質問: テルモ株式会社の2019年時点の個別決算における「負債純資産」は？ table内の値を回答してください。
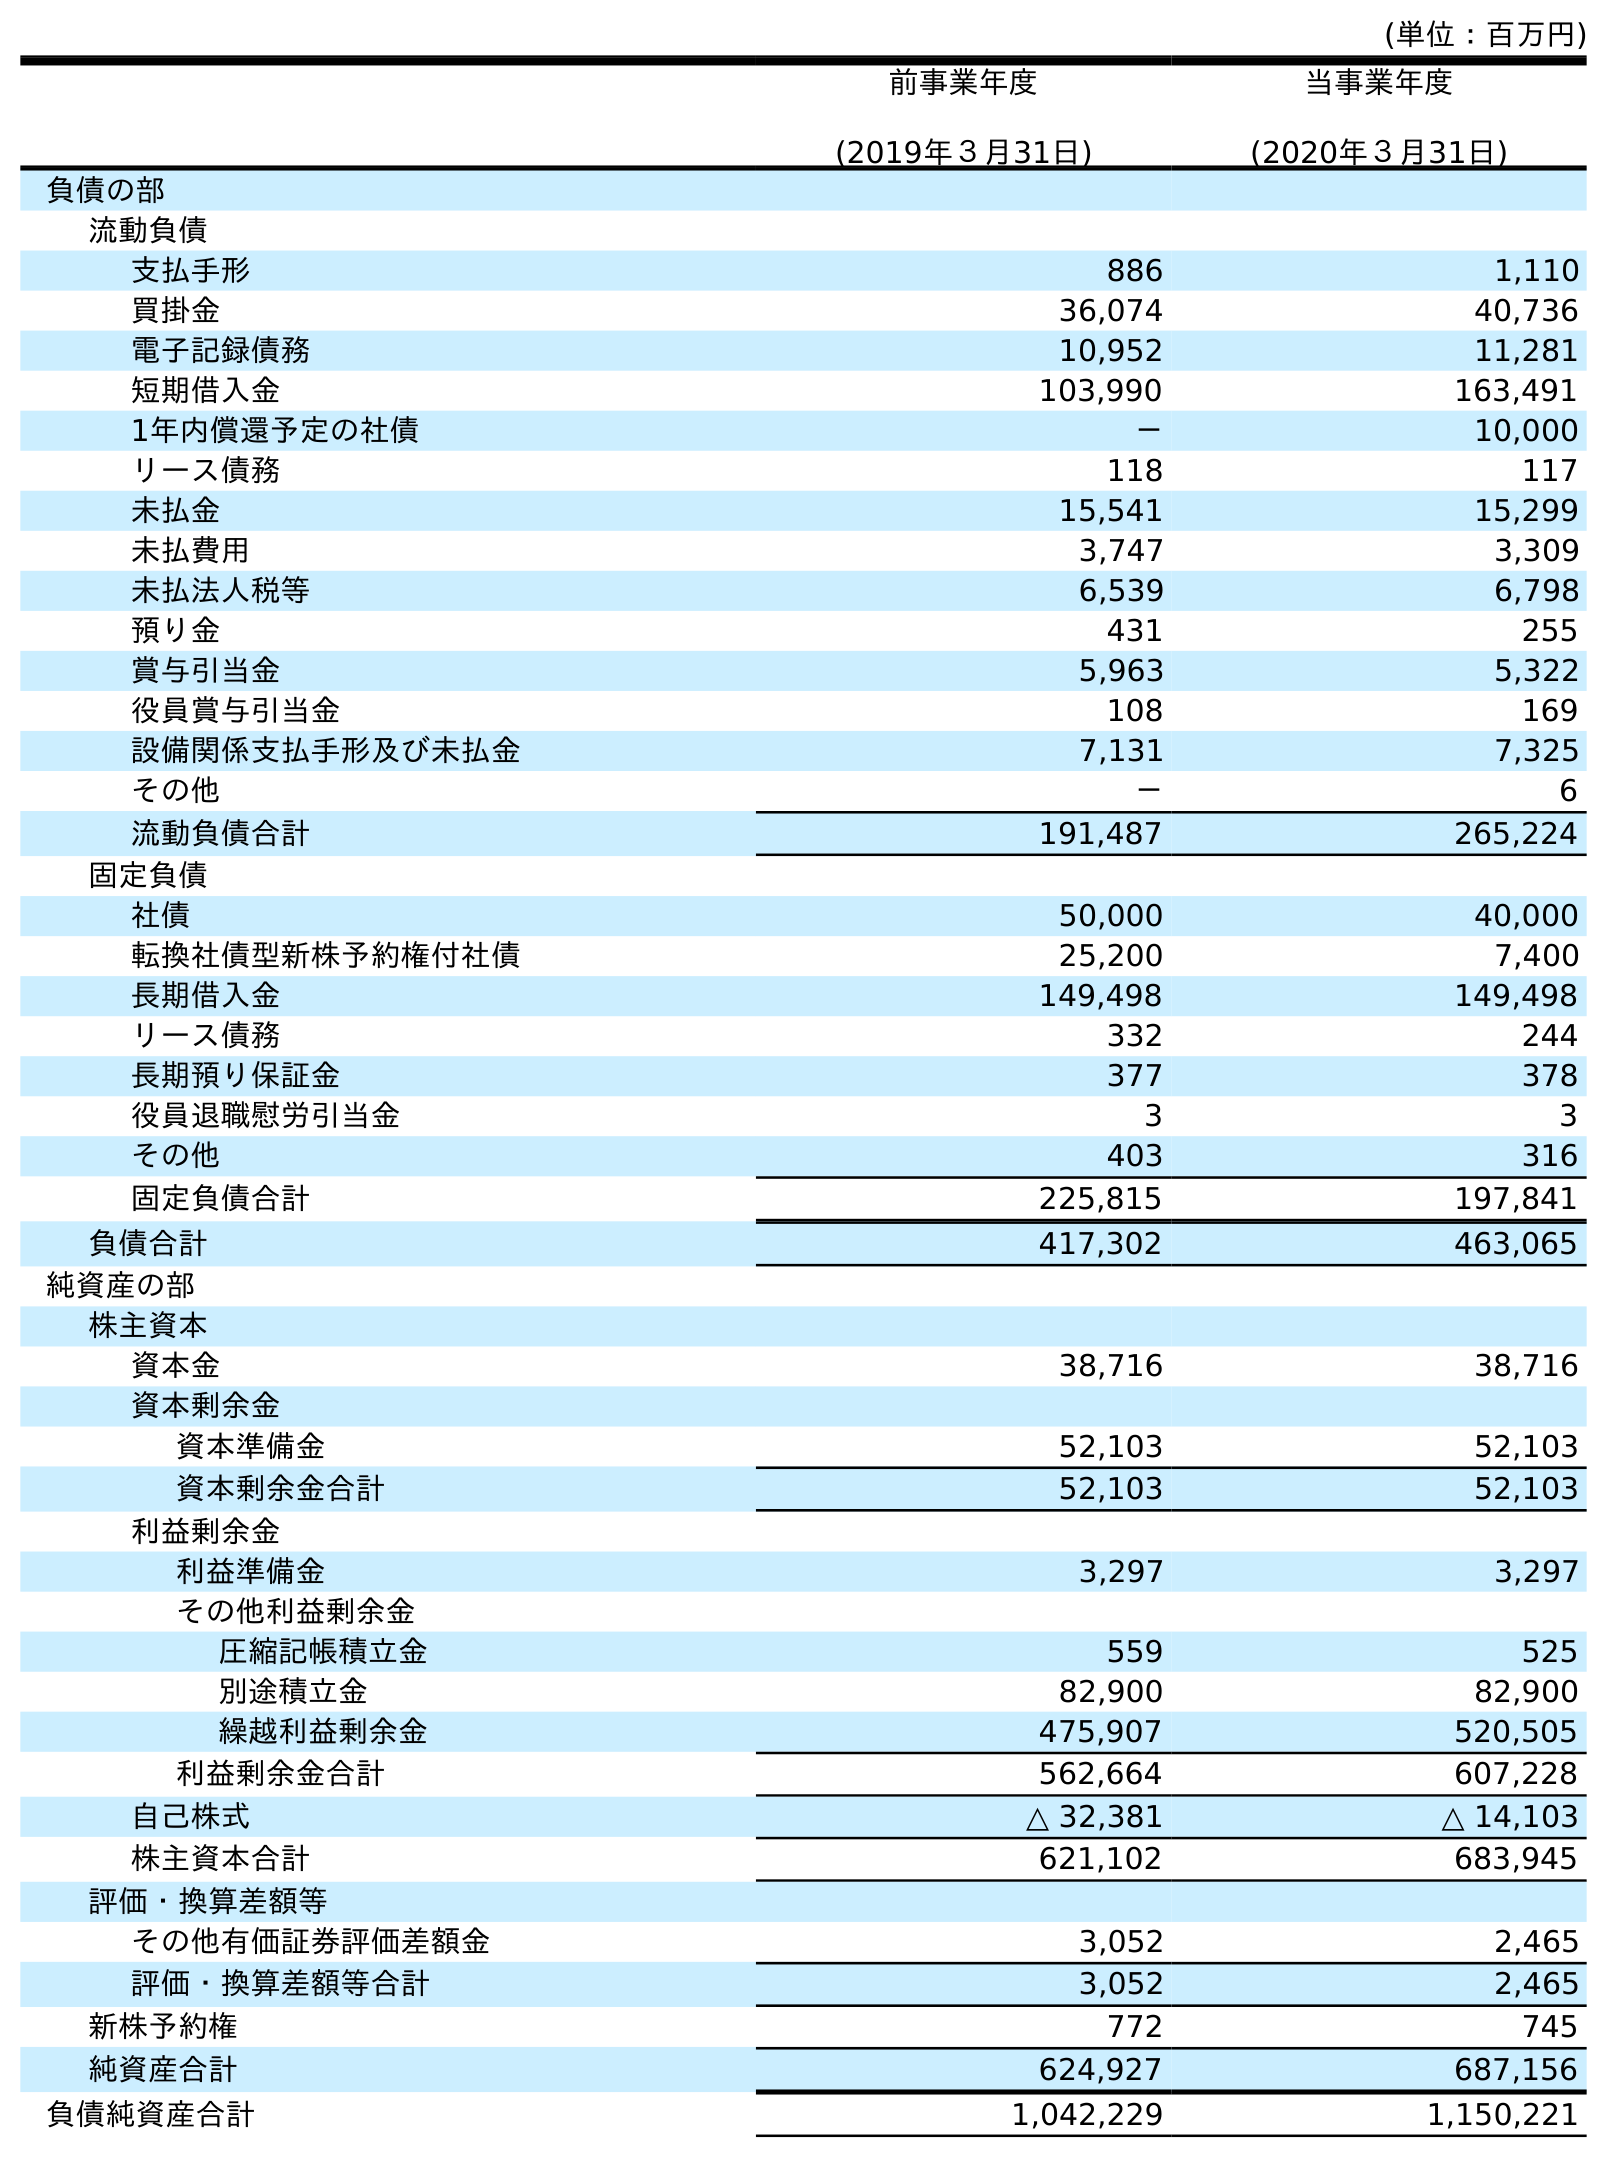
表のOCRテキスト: (単位：百万円) 前事業年度 (2019年３月31日) 当事業年度 (2020年３月31日) 負債の部 流動負債 支払手形 886 1,110 買掛金 36,074 40,736 電子記録債務 10,952 11,281 短期借入金 103,990 163,491 1年内償還予定の社債 － 10,000 リース債務 118 117 未払金 15,541 15,299 未払費用 3,747 3,309 未払法人税等 6,539 6,798 預り金 431 255 賞与引当金 5,963 5,322 役員賞与引当金 108 169 設備関係支払手形及び未払金 7,131 7,325 その他 － 6 流動負債合計 191,487 265,224 固定負債 社債 50,000 40,000 転換社債型新株予約権付社債 25,200 7,400 長期借入金 149,498 149,498 リース債務 332 244 長期預り保証金 377 378 役員退職慰労引当金 3 3 その他 403 316 固定負債合計 225,815 197,841 負債合計 417,302 463,065 純資産の部 株主資本 資本金 38,716 38,716 資本剰余金 資本準備金 52,103 52,103 資本剰余金合計 52,103 52,103 利益剰余金 利益準備金 3,297 3,297 その他利益剰余金 圧縮記帳積立金 559 525 別途積立金 82,900 82,900 繰越利益剰余金 475,907 520,505 利益剰余金合計 562,664 607,228 自己株式 △ 32,381 △ 14,103 株主資本合計 621,102 683,945 評価・換算差額等 その他有価証券評価差額金 3,052 2,465 評価・換算差額等合計 3,052 2,465 新株予約権 772 745 純資産合計 624,927 687,156 負債純資産合計 1,042,229 1,150,221
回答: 1,042,229